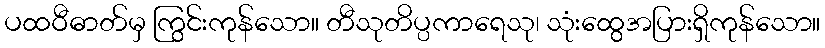
ပထဝီဓာတ်မှ ကြွင်းကုန်သော။ တီသုတိပ္ပကာရေသု၊ သုံးထွေအပြားရှိကုန်သော။